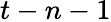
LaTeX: t-n-1